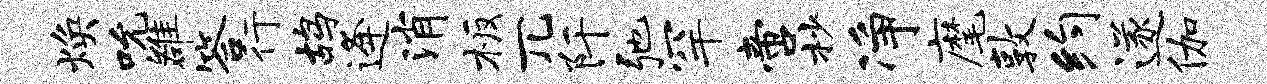
焕吮雒答行鸪逄消板兀阡弛罕啻杪净麾敦约遂伽